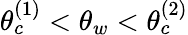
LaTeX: \theta_{c}^{(1)}<\theta_{w}<\theta_{c}^{(2)}